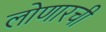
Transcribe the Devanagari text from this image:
लोणारची